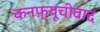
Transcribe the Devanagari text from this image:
कनफ़्यूचीवाद